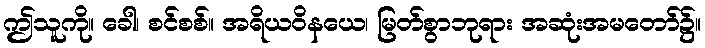
ဤသူကို။ ခေါ၊ စင်စစ်။ အရိယဝိနယေ၊ မြတ်စွာဘုရား အဆုံးအမတော်၌။